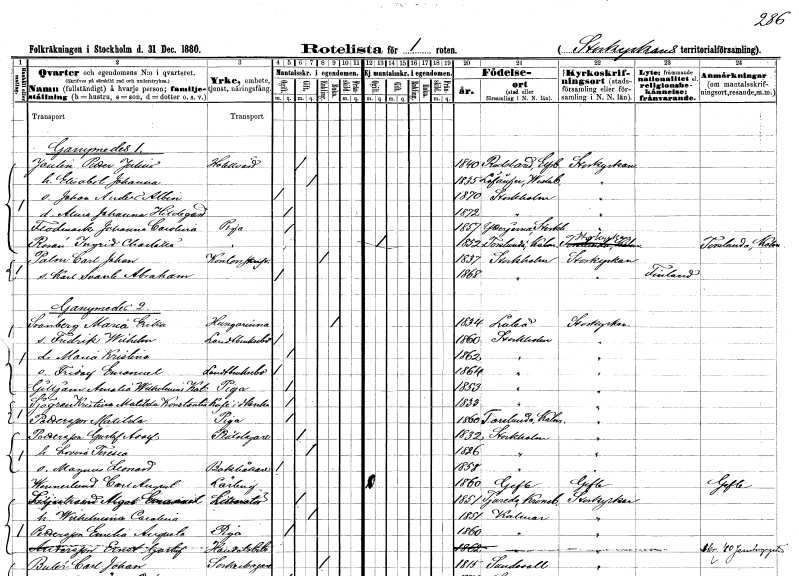
gt_parse: households: individuals: FN: Petter Julius
EN: Joulén
YRKE: Hotellvärd
KON: M
CIV: G
FODAR: 1840
FODFORS: Redslared Älvsborgs län
FN: Elisabet Johanna
KON: K
CIV: G
FODAR: 1835
FODFORS: Lövånger Västerbottens län
FN: Johan Anders Albin
KON: M
CIV: O
FODAR: 1870
FODFORS: Stockholm
FN: Anna Johanna Hildegard
KON: K
CIV: O
FODAR: 1872
FODFORS: Stockholm
FN: Johanna Carolina
EN: Flodmark
YRKE: Piga
KON: K
CIV: O
FODAR: 1857
FODFORS: Ytterjärna Stockholms län
FN: Ingrid Charlotta
EN: Rosén
YRKE: Piga
KON: K
CIV: O
FODAR: 1852
FODFORS: Torslunda Kalmar län
FN: Carl Johan
EN: Palm
YRKE: Kontorsskrivare
KON: M
CIV: E
FODAR: 1837
FODFORS: Stockholm
FN: Karl Svante Abraham
KON: M
CIV: O
FODAR: 1868
FODFORS: Stockholm
FN: Maria Erika
EN: Svanberg
YRKE: Husägarinna
KON: K
CIV: E
FODAR: 1834
FODFORS: Luleå Norrbottens län
FN: Fredrik Wilhelm
YRKE: Lantbrukselev
KON: M
CIV: O
FODAR: 1860
FODFORS: Stockholm
FN: Maria Kristina
KON: K
CIV: O
FODAR: 1862
FODFORS: Stockholm
FN: Fridolf Emanuel
YRKE: Lantbrukselev
KON: M
CIV: O
FODAR: 1864
FODFORS: Stockholm
FN: Amalia Wilhelmina Katarina
EN: Gilljam
YRKE: Piga
KON: K
CIV: O
FODAR: 1853
FODFORS: Stockholm
FN: Kristina Matilda Konstantia
EN: Sjögren
YRKE: Kaféidkerska
KON: K
CIV: O
FODAR: 1833
FODFORS: Stockholm
FN: Matilda
EN: Pettersson
YRKE: Piga
KON: K
CIV: O
FODAR: 1860
FODFORS: Torslunda Kalmar län
FN: Gustaf Adolf
EN: Pettersson
YRKE: Plåtslagare
KON: M
CIV: G
FODAR: 1832
FODFORS: Stockholm
FN: Lovisa Teresia
KON: K
CIV: G
FODAR: 1826
FODFORS: Stockholm
FN: Magnus Leonard
YRKE: Bokhållare
KON: M
CIV: O
FODAR: 1858
FODFORS: Stockholm
FN: Carl August
EN: Wennerlund
YRKE: Lärling
KON: M
CIV: O
FODAR: 1860
FODFORS: Gävle Gävleborgs län
FN: Algot Emanuel
EN: Liljestrand
YRKE: Litteratör
KON: M
CIV: G
FODAR: 1851
FODFORS: Tjureda Kronobergs län
FN: Wilhelmina Carolina
KON: K
CIV: G
FODAR: 1851
FODFORS: Kalmar Kalmar län